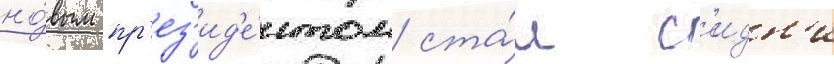
но́вым пр'ез'ид'е́нтом ста́л с'идн'и